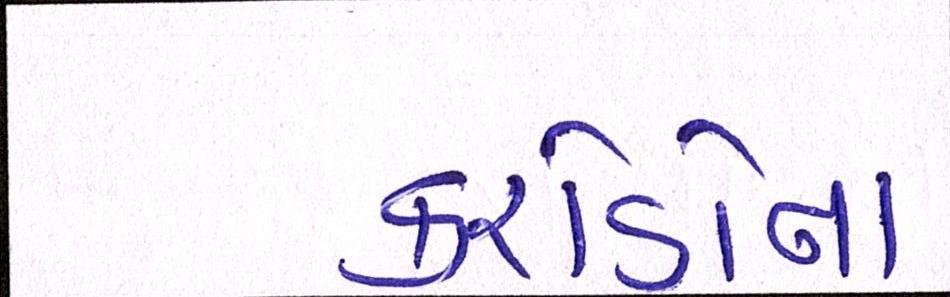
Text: કરોડોના